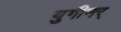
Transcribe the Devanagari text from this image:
युगीनर्